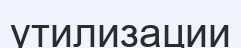
утилизации